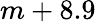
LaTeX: m+8.9